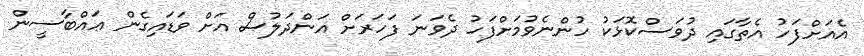
އެއަށްފަހު އެތާގައި ދުވަސްކޮޅަކު ހުންނެވުމަށްފަހު ދެވަނަ ފަހަރަށް އަންދަލުސް އަށް ވަޑައިގެން ޢައްބާސީން